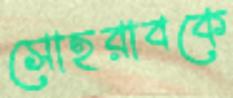
সোহরাবকে